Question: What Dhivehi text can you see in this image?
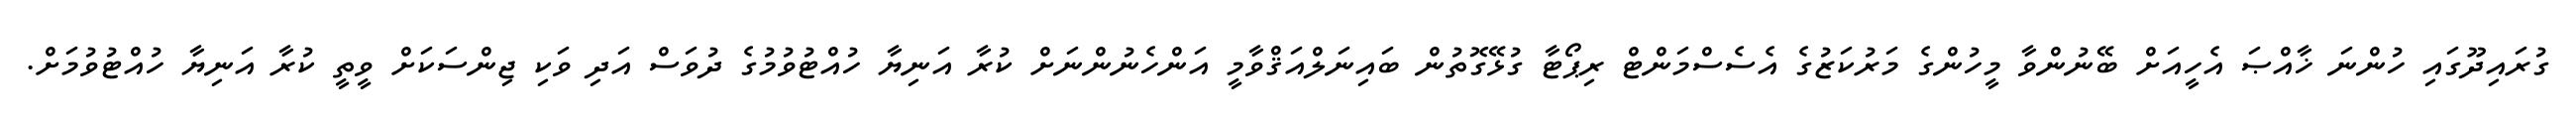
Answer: ގުރައިދޫގައި ހުންނަ ޚާއްޞަ އެހީއަށް ބޭނުންވާ މީހުންގެ މަރުކަޒުގެ އެސެސްމަންޓް ރިޕޯޓާ ގުޅޭގޮތުން ބައިނަލްއަޤްވާމީ އަންހެނުންނަށް ކުރާ އަނިޔާ ހުއްޓުވުމުގެ ދުވަސް އަދި ވަކި ޖިންސަކަށް ވީތީ ކުރާ އަނިޔާ ހުއްޓުވުމަށް.